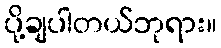
ပို့ချပါတယ်ဘုရား။